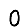
Digit: 0